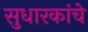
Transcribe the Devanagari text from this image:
सुधारकांचे